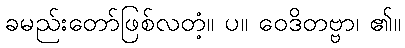
ခမည်းတော်ဖြစ်လတံ့။ ပ။ ဝေဒိတဗ္ဗာ၊ ၏။